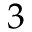
3